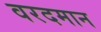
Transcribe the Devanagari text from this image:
वरदमान